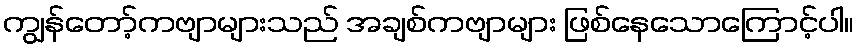
ကျွန်တော့်ကဗျာများသည် အချစ်ကဗျာများ ဖြစ်နေသောကြောင့်ပါ။